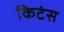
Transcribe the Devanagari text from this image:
किटंस